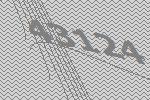
43124